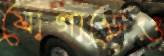
যোগাড়েও